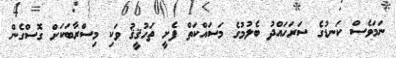
ނަމަވެސް ކަނޑުގެ ސަރަހައްދު ބެލުމުގެ މަސައްކަތް ފެށީ ތަހުޤީޤު ވަކި މިސްރާބަކަށް ގޮސްގެން